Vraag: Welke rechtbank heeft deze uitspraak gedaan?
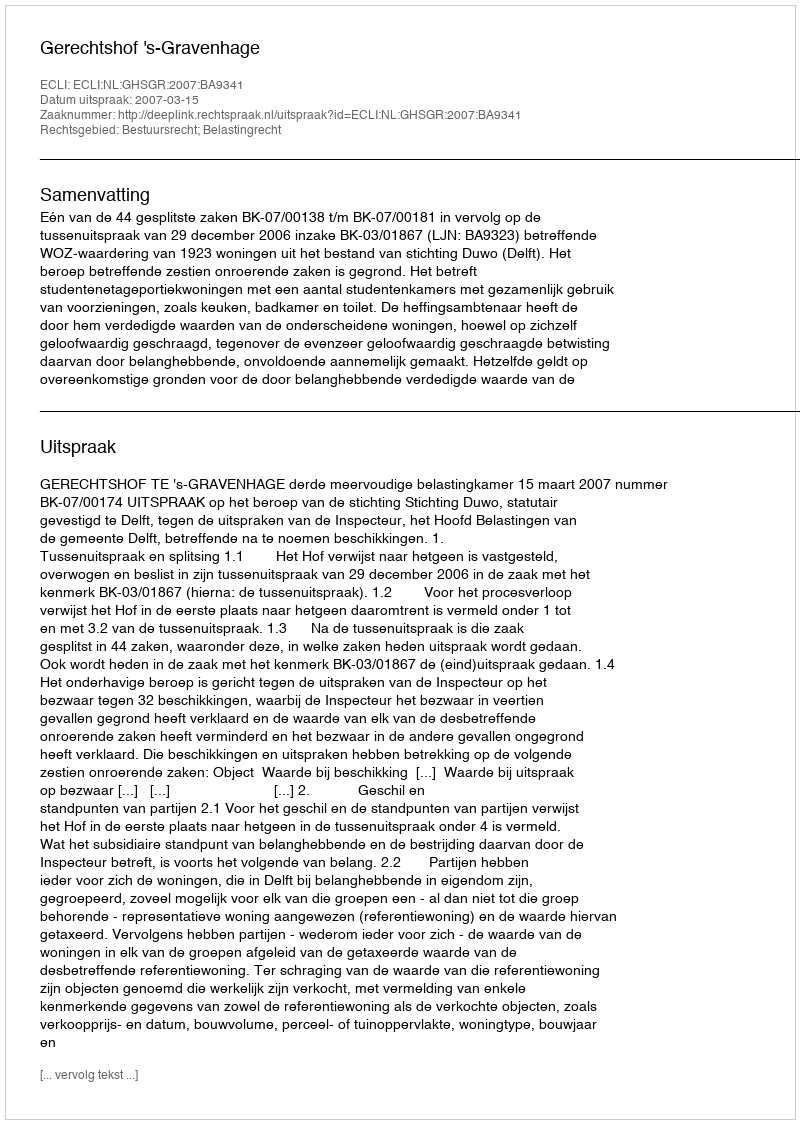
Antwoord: Gerechtshof 's-Gravenhage